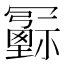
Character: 𠖦